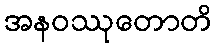
အနဝဿုတောတိ